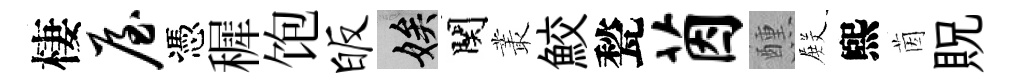
棲屋憑穉饱皈娭関叢鮫甃茵醺𭮺煕茵貺